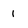
Character: i